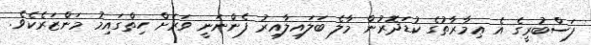
ފަސްބުރީގެ އެ ޢިމާރާތުގެ ކުޑަދޮރުން މާލެ ބަލައިލާއިރު ފެންނަނީ ވަރަށް ހިތްގައިމު މަންޒަރެކެވެ.